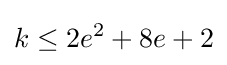
k\leq 2e^{2}+8e+2